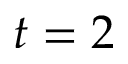
t = 2